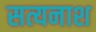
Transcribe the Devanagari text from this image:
सत्यनाश